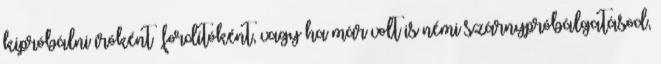
kipróbálni íróként fordítóként, vagy ha már volt is némi szárnypróbálgatásod,